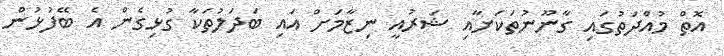
އޮތް މުއްދަތުގައި ގާނޫނުތަކަށާއި ޝަރުއީ ނިޒާމަށް އައި ބަދަލުތަކާ ގުޅިގެން އެ ބޭފުޅުން